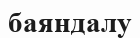
баяндалу